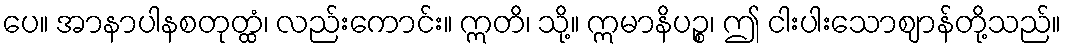
ပေ။ အာနာပါနစတုတ္ထံ၊ လည်းကောင်း။ ဣတိ၊ သို့။ ဣမာနိပဉ္စ၊ ဤ ငါးပါးသောဈာန်တို့သည်။